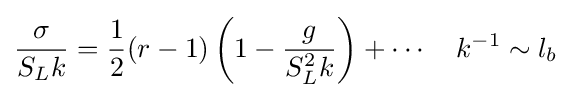
{\frac {\sigma }{S_{L}k}}={\frac {1}{2}}(r-1)\left(1-{\frac {g}{S_{L}^{2}k}}\right)+\cdots \quad k^{-1}\sim l_{b}